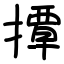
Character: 撢